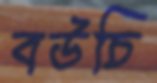
বউচি